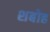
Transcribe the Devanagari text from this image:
शबोह